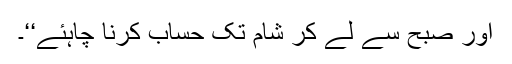
اور صبح سے لے کر شام تک حساب کرنا چاہئے‘‘۔